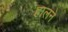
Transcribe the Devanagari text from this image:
हालने